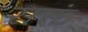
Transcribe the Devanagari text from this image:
सक्तं